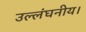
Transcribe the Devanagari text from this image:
उल्लंघनीय।